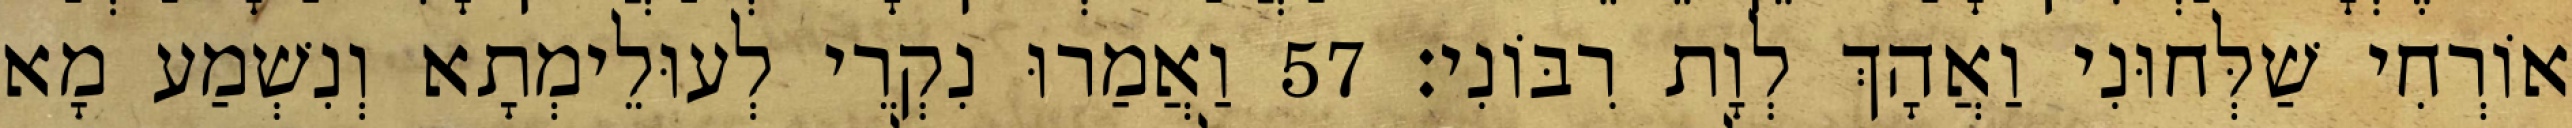
אוֹרְחִי שַׁלְּחוּנִי וַאֲהָךְ לְוָת רִבּוֹנִי׃ 57 וַאֲמַרוּ נִקְרֵי לְעוּלֵימְתָא וְנִשְׁמַע מָא